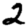
Digit: 2